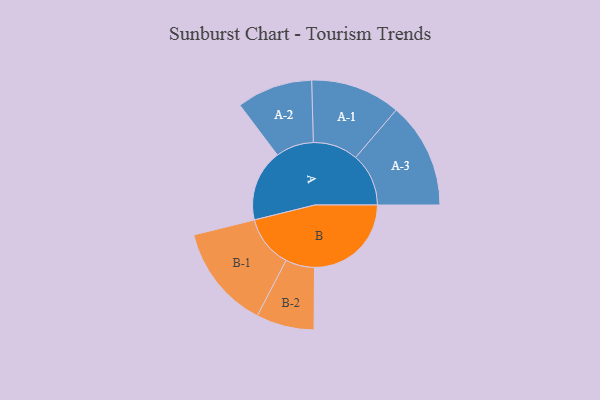
{"axis": {"x": "Segment", "y": "Value"}, "legend": ["", "A", "B"], "data": [{"x": "A", "y": 304, "type": ""}, {"x": "B", "y": 411, "type": ""}, {"x": "A-1", "y": 191, "type": "A"}, {"x": "A-2", "y": 161, "type": "A"}, {"x": "A-3", "y": 225, "type": "A"}, {"x": "B-1", "y": 221, "type": "B"}, {"x": "B-2", "y": 123, "type": "B"}]}